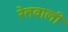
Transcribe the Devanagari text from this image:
रेतवाली